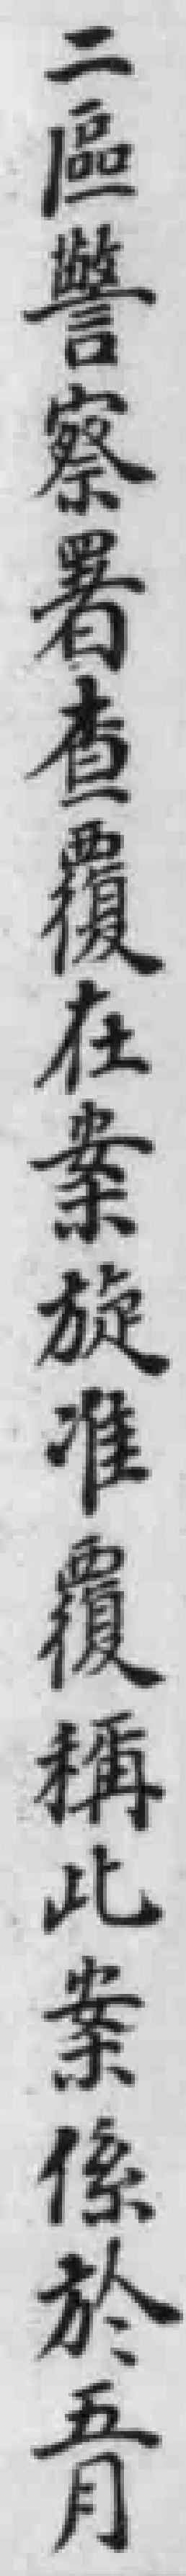
二區警察署查覆在案旋准覆稱此案係於五月